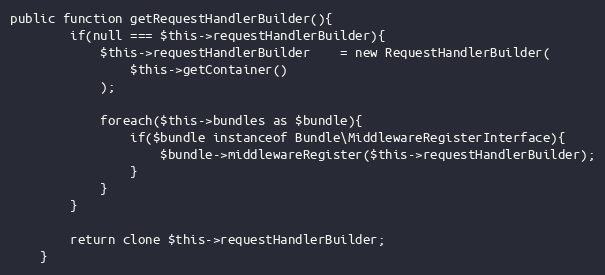
Language: PHP
public function getRequestHandlerBuilder(){
        if(null === $this->requestHandlerBuilder){
            $this->requestHandlerBuilder    = new RequestHandlerBuilder(
                $this->getContainer()
            );

            foreach($this->bundles as $bundle){
                if($bundle instanceof Bundle\MiddlewareRegisterInterface){
                    $bundle->middlewareRegister($this->requestHandlerBuilder);
                }
            }
        }

        return clone $this->requestHandlerBuilder;
    }